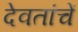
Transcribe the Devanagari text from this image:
देवतांचें